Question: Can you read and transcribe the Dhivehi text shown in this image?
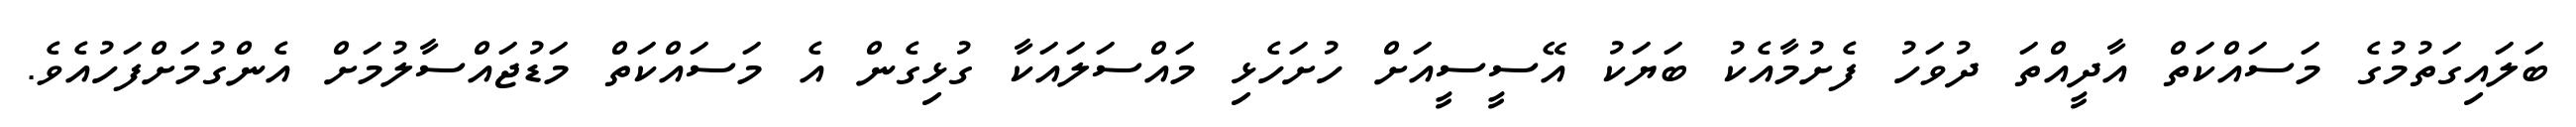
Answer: ބަލައިގަތުމުގެ މަސައްކަތް އާދީއްތަ ދުވަހު ފެށުމާއެކު ބަޔަކު އޭސީސީއަށް ހުށަހެޅި މައްސަލައަކާ ގުޅިގެން އެ މަސައްކަތް މަޑުޖައްސާލުމަށް އެންގުމަށްފަހުއެވެ.